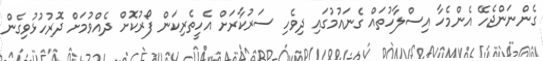
ގެންނަންޖެހޭ އެންމެހާ އިސްލާހުތައް ގެނައުމުގައި ދިވެހި ސަރުކާރަށް އެހީތެރިކަން ފޯރުކޮށް ދެއްވުމަށް ދޮރުހުޅުވިގެން